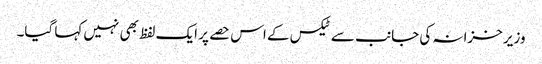
وزیر خزانہ کی جانب سے ٹیکس کے اس حصے پر ایک لفظ بھی نہیں کہا گیا۔